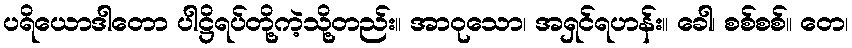
ပရိယောဒါတော ပါဋ္ဌိရပ်တို့ကဲ့သို့တည်း။ အာဝုသော၊ အရှင်ရဟန်း။ ခေါ၊ စစ်စစ်။ တေ၊